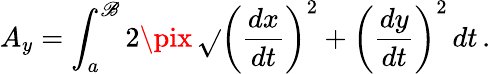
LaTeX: A_{y}=\int_{a}^{\mathscr{B}}2\pix\, {\sqrt{}{{\left({\frac{{dx}}{{dt}}}\right)^{2}+\left({\frac{{dy}}{{dt}}}\right)^{2}}}}\, dt\, .